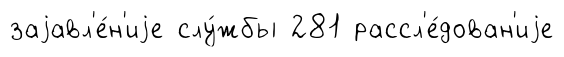
заjавл'е́н'иjе слу́жбы 281 рассл'е́дован'иjе